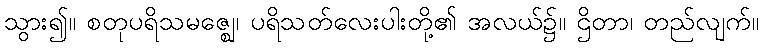
သွား၍။ စတုပရိသမဇ္ဈေ၊ ပရိသတ်လေးပါးတို့၏ အလယ်၌။ ဌိတာ၊ တည်လျက်။